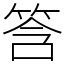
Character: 筨